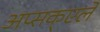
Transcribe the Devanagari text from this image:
अप्सक्एले